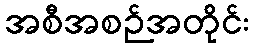
အစီအစဉ်အတိုင်း